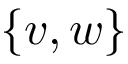
\{ v , w \}